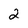
Character: 2